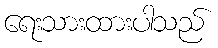
ရေးသားထားပါသည်